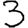
Digit: 3